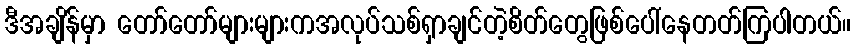
ဒီအချိန်မှာ တော်တော်များများကအလုပ်သစ်ရှာချင်တဲ့စိတ်တွေဖြစ်ပေါ်နေတတ်ကြပါတယ်။